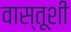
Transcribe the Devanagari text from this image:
वास्तूशी